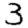
Digit: 3